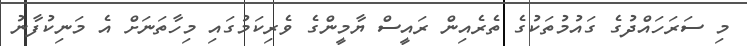
މި ސަރަހައްދުގެ ގައުމުތަކުގެ ތެރެއިން ރައީސް ޔާމީންގެ ވެރިކަމުގައި މިހާތަނަށް އެ މަނިކުފާނު